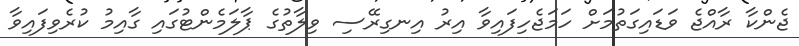
ޖެންކާ ރާއްޖެ ވަޑައިގަތުމަށް ހަމަޖެހިފައިވާ އިރު އިނގިރޭސި ވިލާތުގެ ޕާލަމެންޓުގައި ގާއިމު ކުރެވިފައިވާ